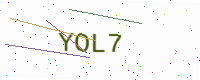
Text: YOL7